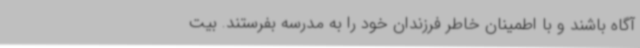
آگاه باشند و با اطمینان خاطر فرزندان خود را به مدرسه بفرستند. بیت